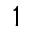
1